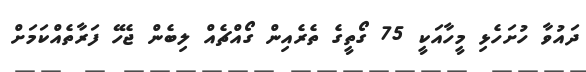
ދައުވާ ހުށަހެޅި މީހާއަކީ 75 ގޯތީގެ ތެރެއިން ގޯއްޗެއް ލިބެން ޖެހޭ ފަރާތެއްކަމަށް